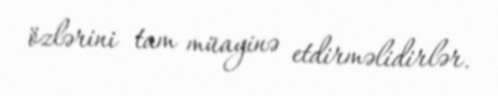
özlərini tam müayinə etdirməlidirlər.